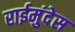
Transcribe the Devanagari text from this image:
राईमुंदेस